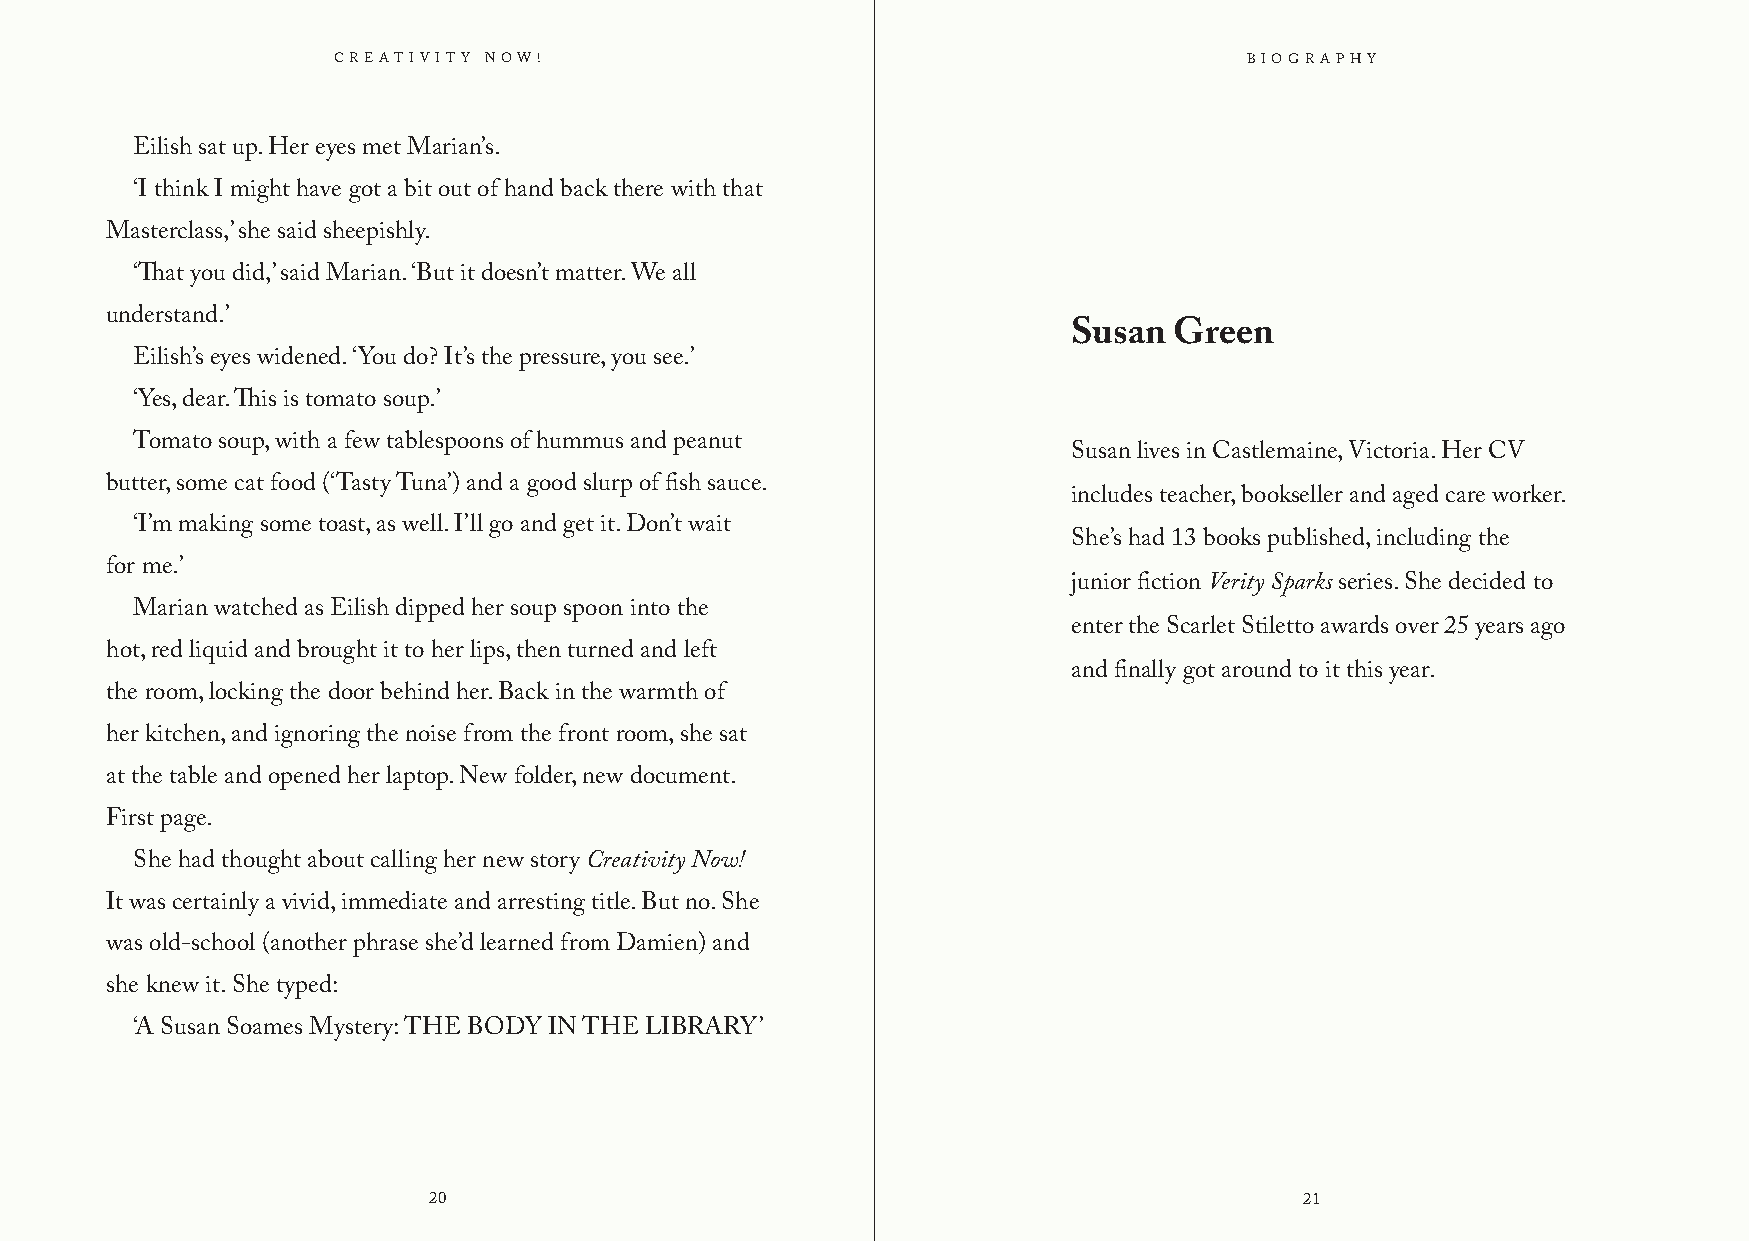
Creativity Now!                                              BIOGRAPHY
 Eilish sat up. Her eyes met Marian’s.
 ‘I think I might have got a bit out of hand back there with that
 Masterclass,’ she said sheepishly.
 ‘That you did,’ said Marian. ‘But it doesn’t matter. We all
 understand.’
 Susan  Green
 Eilish’s eyes widened. ‘You do? It’s the pressure, you see.’
 ‘Yes, dear. This is tomato soup.’
 Tomato soup, with a few tablespoons of hummus and peanut
 Susan lives in Castlemaine, Victoria. Her CV
 butter, some cat food (‘Tasty Tuna’) and a good slurp of fish sauce.
 includes teacher, bookseller and aged care worker.
 ‘I’m making some toast, as well. I’ll go and get it. Don’t wait
 She’s had 13 books published, including the
 for me.’
 junior fiction Verity Sparks series. She decided to
 Marian watched as Eilish dipped her soup spoon into the
 enter the Scarlet Stiletto awards over 25 years ago
 hot, red liquid and brought it to her lips, then turned and left
 and finally got around to it this year.
 the room, locking the door behind her. Back in the warmth of
 her kitchen, and ignoring the noise from the front room, she sat
 at the table and opened her laptop. New folder, new document.
 First page.
 She had thought about calling her new story Creativity Now!
 It was certainly a vivid, immediate and arresting title. But no. She
 was old-school (another phrase she’d learned from Damien) and
 she knew it. She typed:
 ‘A Susan Soames Mystery: THE BODY IN THE LIBRARY’
 20                                                        21